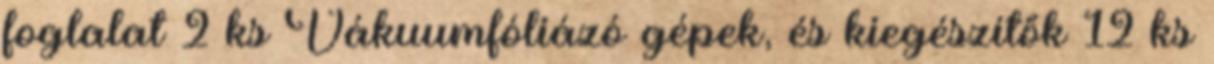
foglalat 2 ks Vákuumfóliázó gépek, és kiegészítők 12 ks